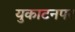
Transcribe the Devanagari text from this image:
युकाटनपर